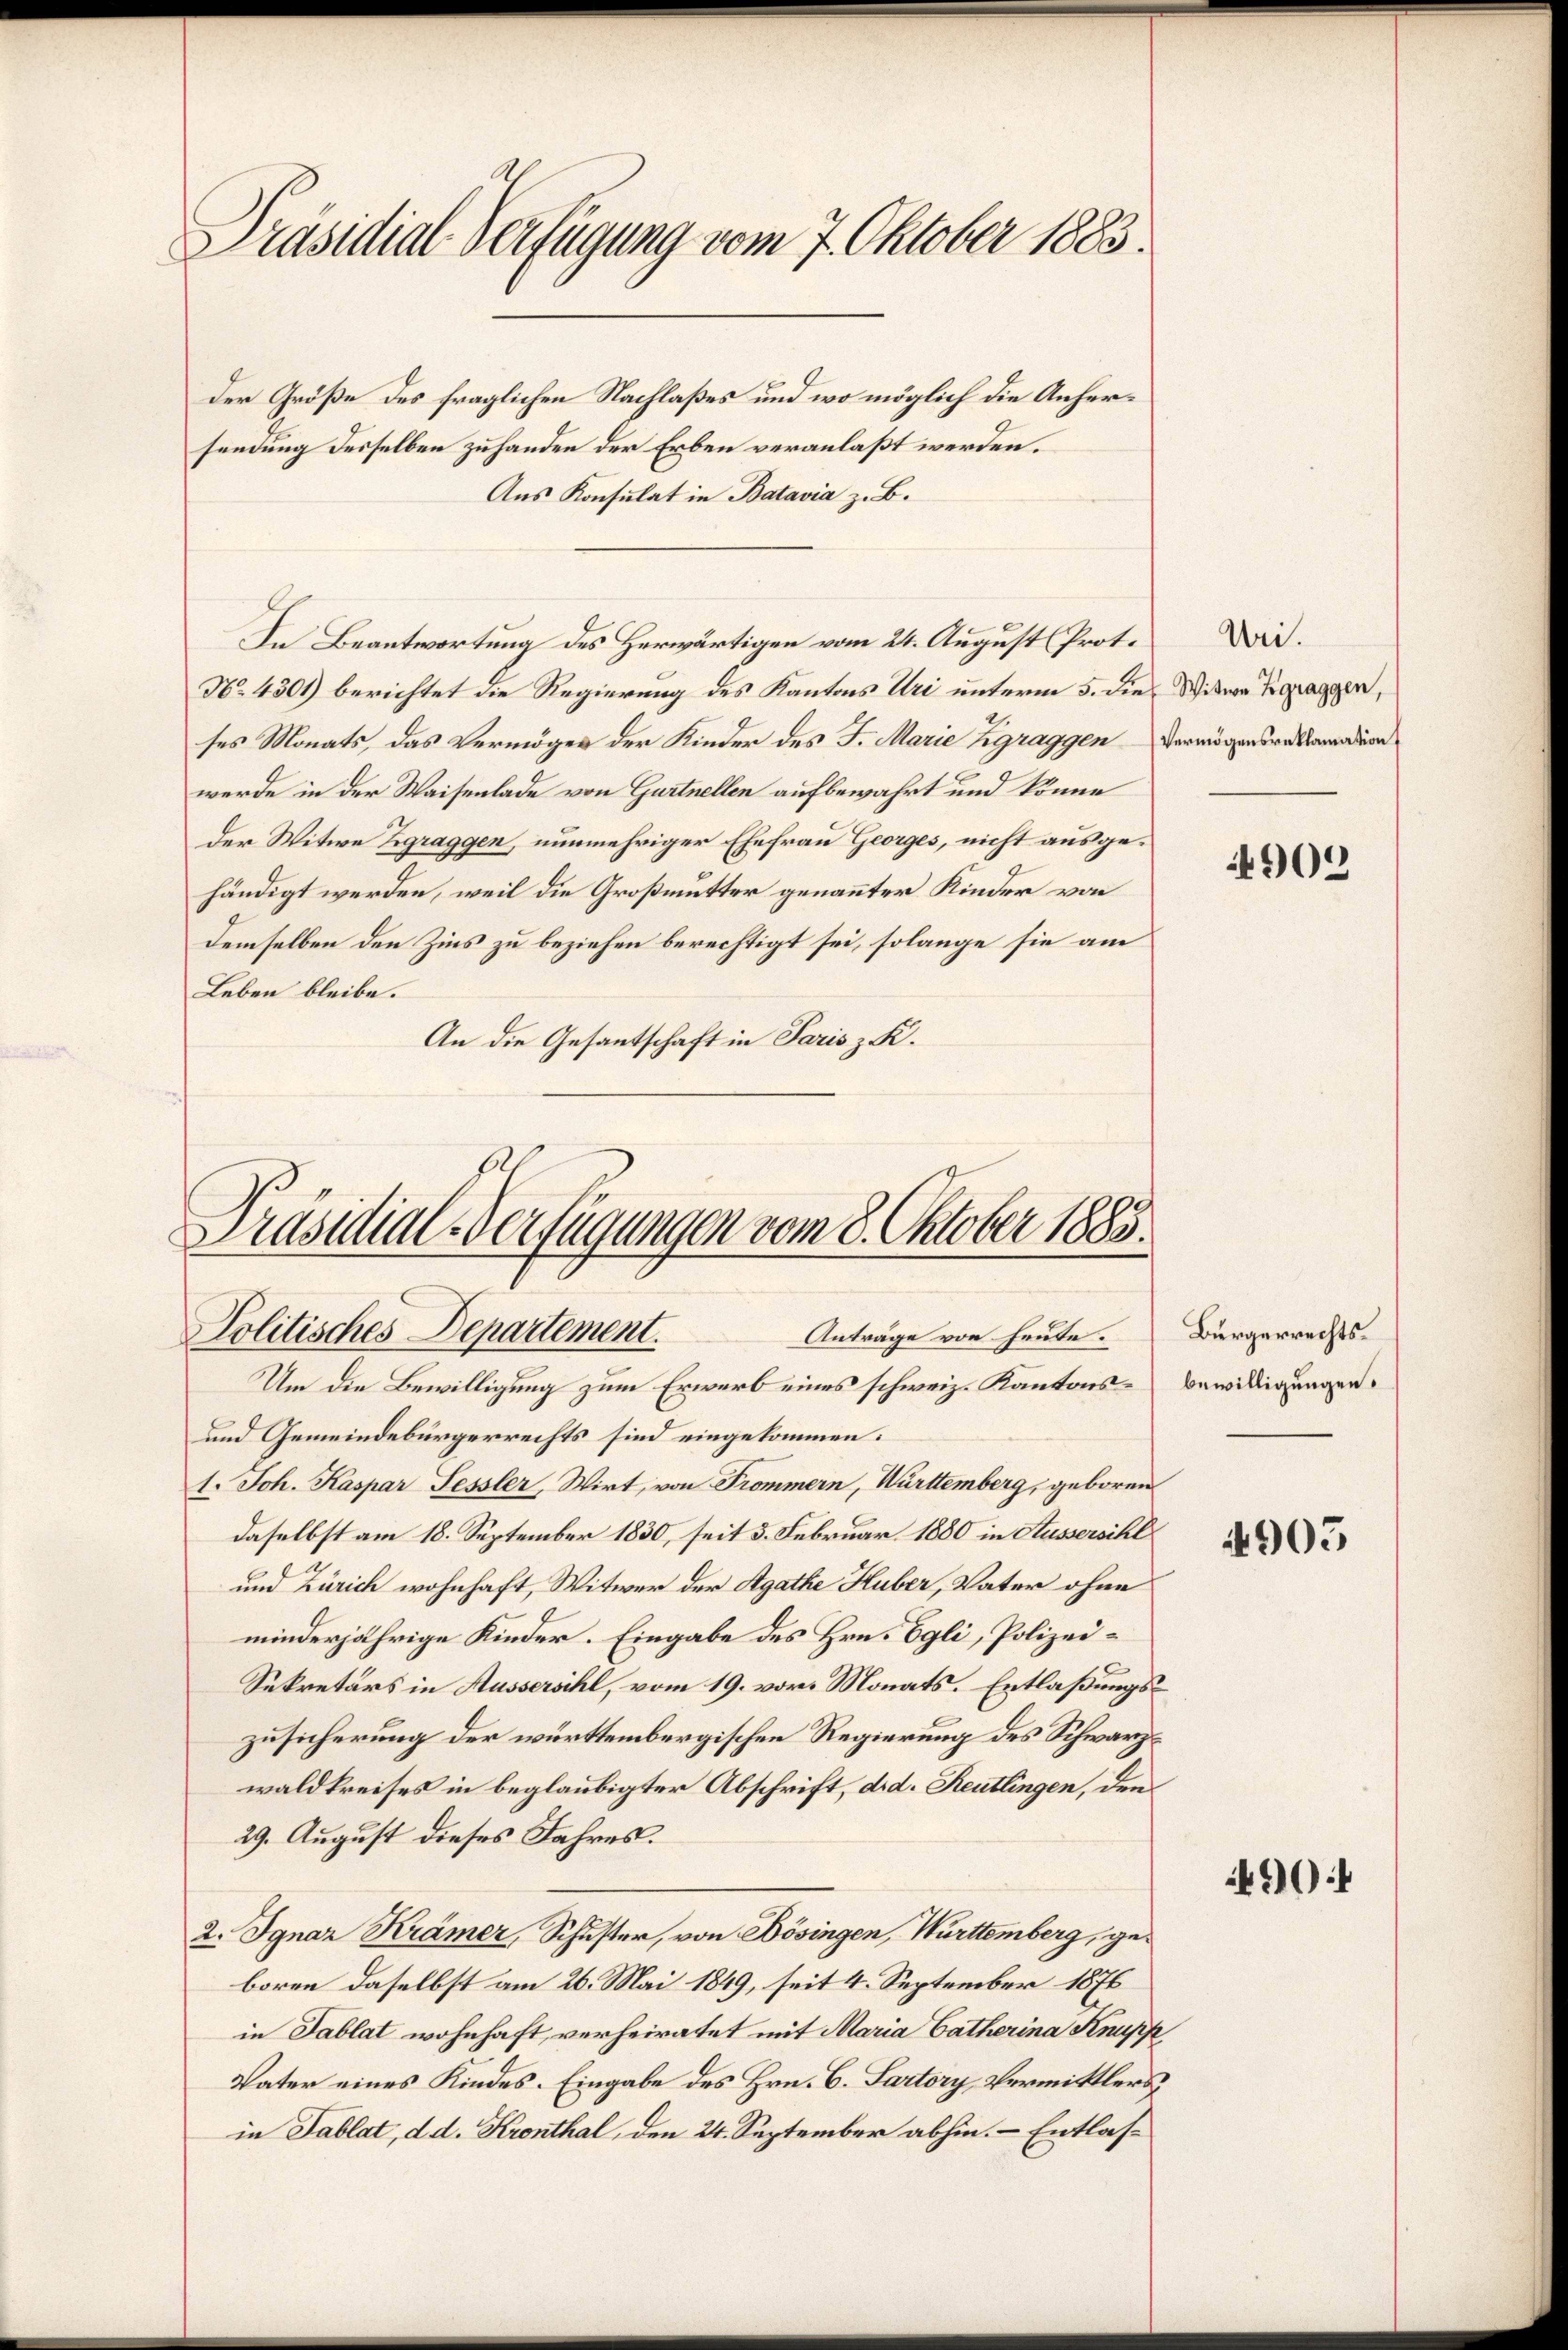
Präsidial-Verfügung vom 7. Oktober 1883.

Der Größe des fraglichen Nachlaßes und wo möglich die Anhersendung desselben zuhanden der Erben veranlaßt werden.
Aus Konsulat in Batavia z. B.
In Beantwortung des Herwärtigen vom 24. August Prot.
No 4301) berichtet die Regierung des Kantons Uri unterm 5. die
ses Monats, das Vermögen der Kinder des J. Marie Zgraggen Vermögensreklamation
werde in der Waisenlade von Gartnellen aufbewahrt und könne
der Witwe Zgraggen, nunmehriger Ehefrau Georges, nicht ausgehändigt werden, weil die Großmutter genannter Kinder von
demselben den Zins zu beziehen berechtigt sei, solange sie am
Leben bleibe.
An die Gesantschaft in Paris z. K.

Präsidial-Verfügungen vom 8. Oktober 1883.
Politisches Departement.
Anträge von heute. Bürgerrechts¬

Um die Bewilligung zum Erwarb eines schweiz. Kantons-Bewilligungen.
und Gemeindebürgerrechts sind eingekommen:
1. Joh. Kaspar Fessler, Wirt, von Frommern, Württemberg, geboren
daselbst am 18. September 1830, seit 5. Februar 1880 in Aussersihl
und Zürich wohnhaft, Witwer der Agathe Huber, Vater ohne
minderjährige Kinder. Eingabe des Hrn. Egli, Polizei¬
Sekretärs in Aussersihl, vom 19. vor. Monats. Entlaßungszusicherung der württembergischen Regierung des Schwarzwaldkreises in beglaubigter Abschrift, d. d. Reutlingen, den
29. August dieses Jahres.
2. Ignaz Krämer, Schuster, von Dösingen, Württemberg, geboren daselbst am 26. Mai 1849, seit 4. September 1876
in Tablat wohnhaft, verheiratet mit Maria Catharina Knupp
Vater eines Kindes. Eingabe des Hrn. C. Sartory Vermittlers,
in Tablat, d. d. Kronthal, den 24. September abhin. – Entlas¬

Uri.
Witwe Zgraggen,

902

4905

4904